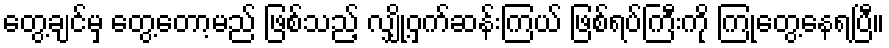
တွေ့ချင်မှ တွေ့တော့မည် ဖြစ်သည့် လျှို့ဝှက်ဆန်းကြယ် ဖြစ်ရပ်ကြီးကို ကြုံတွေ့နေရပြီ။